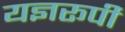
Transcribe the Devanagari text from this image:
यज्ञरूपी